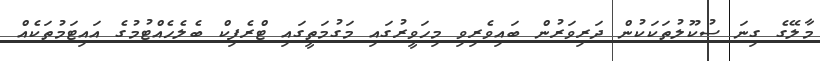
މާލޭގެ ގިނަ ސުކޫލުތަކަކުން ދަރިވަރުން ބައިވެރިވި މިހަވީރުގައި މަގުމަތީގައި ޓްރެފިކް ބެލެހެއްޓުމުގެ އައިޓަމުތަކެއް